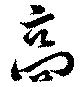
高